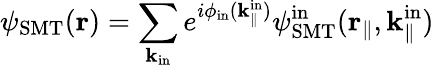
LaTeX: \psi_{\mathrm{SMT}}({\mathbf r})=\sum_{{\mathbf k}_{\mathrm{in}}}e^{i\phi_{\mathrm{in}}(\mathbf k_{\parallel}^{\mathrm{in}})}{\psi}_{\mathrm{SMT}}^{\mathrm{in}}(\textbf{r}_{\parallel},\textbf{k}_{\parallel}^{\mathrm{in}})